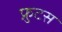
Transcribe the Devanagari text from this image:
फ्रुटस